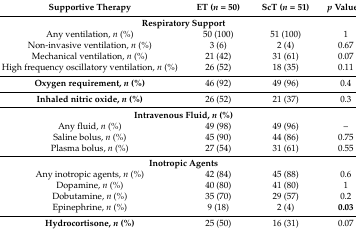
| Supportive Therapy | ET (n = 50) | ScT (n = 51) | p Value * |
 | --- | --- | --- | --- |
 | <COLSPAN=4> Respiratory Support |
 | Any ventilation, n (%) | 50 (100) | 51 (100) | 1 |
 | Non-invasive ventilation, n (%) | 3 (6) | 2 (4) | 0.67 |
 | Mechanical ventilation, n (%) | 21 (42) | 31 (61) | 0.07 |
 | High frequency oscillatory ventilation, n (%) | 26 (52) | 18 (35) | 0.11 |
 | Oxygen requirement, n (%) | 46 (92) | 49 (96) | 0.4 |
 | Inhaled nitric oxide, n (%) | 26 (52) | 21 (37) | 0.3 |
 | <COLSPAN=4> Intravenous Fluid, n (%) |
 | Any fluid, n (%) | 49 (98) | 49 (96) | – |
 | Saline bolus, n (%) | 45 (90) | 44 (86) | 0.75 |
 | Plasma bolus, n (%) | 27 (54) | 31 (61) | 0.55 |
 | <COLSPAN=4> Inotropic Agents |
 | Any inotropic agents, n (%) | 42 (84) | 45 (88) | 0.6 |
 | Dopamine, n (%) | 40 (80) | 41 (80) | 1 |
 | Dobutamine, n (%) | 35 (70) | 29 (57) | 0.2 |
 | Epinephrine, n (%) | 9 (18) | 2 (4) | 0.03 |
 | Hydrocortisone, n (%) | 25 (50) | 16 (31) | 0.07 |